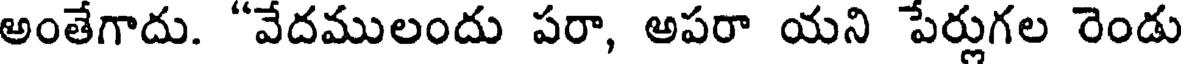
అంతేగాదు. "వేదములందు పరా, అపరా యని పేర్లుగల రెండు